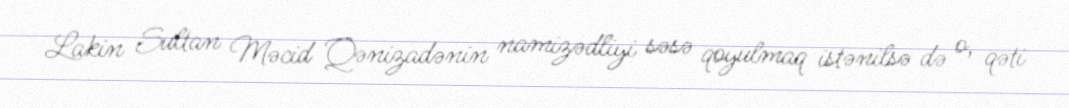
Lakin Sultan Məcid Qənizadənin namizədliyi səsə qoyulmaq istənilsə də o, qəti